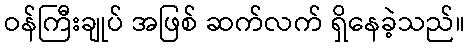
ဝန်ကြီးချုပ် အဖြစ် ဆက်လက် ရှိနေခဲ့သည်။